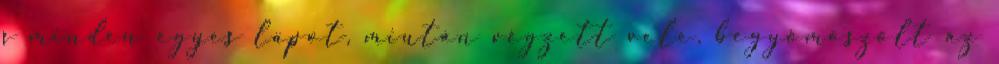
s minden egyes lapot, miután végzett vele, begyömöszölt az